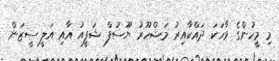
މި މީހުންގެ ވާހަކަ ދައްކާއިރު މަޝްހޫރު ޔޫސުފް ޝަފީއު އާއި އަލީ ސީޒަން